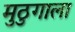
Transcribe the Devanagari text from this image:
मुठुगाला